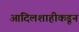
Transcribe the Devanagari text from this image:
आदिलशाहीकडून